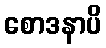
စောဒနာပိ